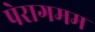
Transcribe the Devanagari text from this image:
पेरागमम